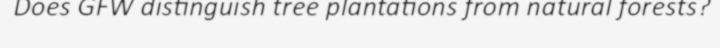
Does GFW distinguish tree plantations from natural forests?